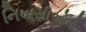
નિવાસીઓનો